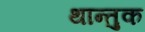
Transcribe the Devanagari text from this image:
थान्तुक